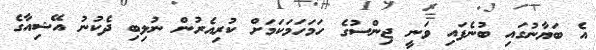
އެ ބަޔާނުގައި ބުނެފައި ވަނީ ޖިންސުގެ ހަމަހަމަކަމަށް ކުރިއެރުން ނުލިބި ދެކުނު އޭޝިއާގެ